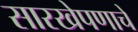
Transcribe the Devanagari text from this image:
सारखेपणाचे